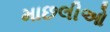
માછલીઓ